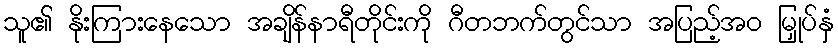
သူ၏ နိုးကြားနေသော အချိန်နာရီတိုင်းကို ဂီတဘက်တွင်သာ အပြည့်အဝ မြှုပ်နှံ